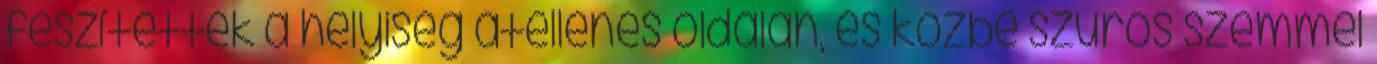
feszítettek a helyiség átellenes oldalán, és közbe szúrós szemmel